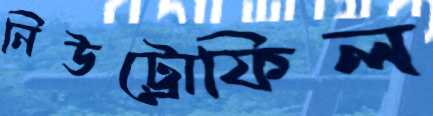
নিউট্রোফিল